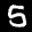
Label: 5